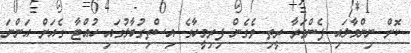
ކޮށް ނިންމާލައި ފެންވަރާ ރީތި ވެގެން ފިރިމީހާގެ އިސްތިގުބާލުގައި ހުއްޓާ ގެއަށް އަންނަ